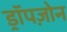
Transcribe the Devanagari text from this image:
ड्रॉपज़ोन